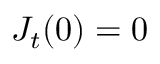
J _ { t } ( 0 ) = 0